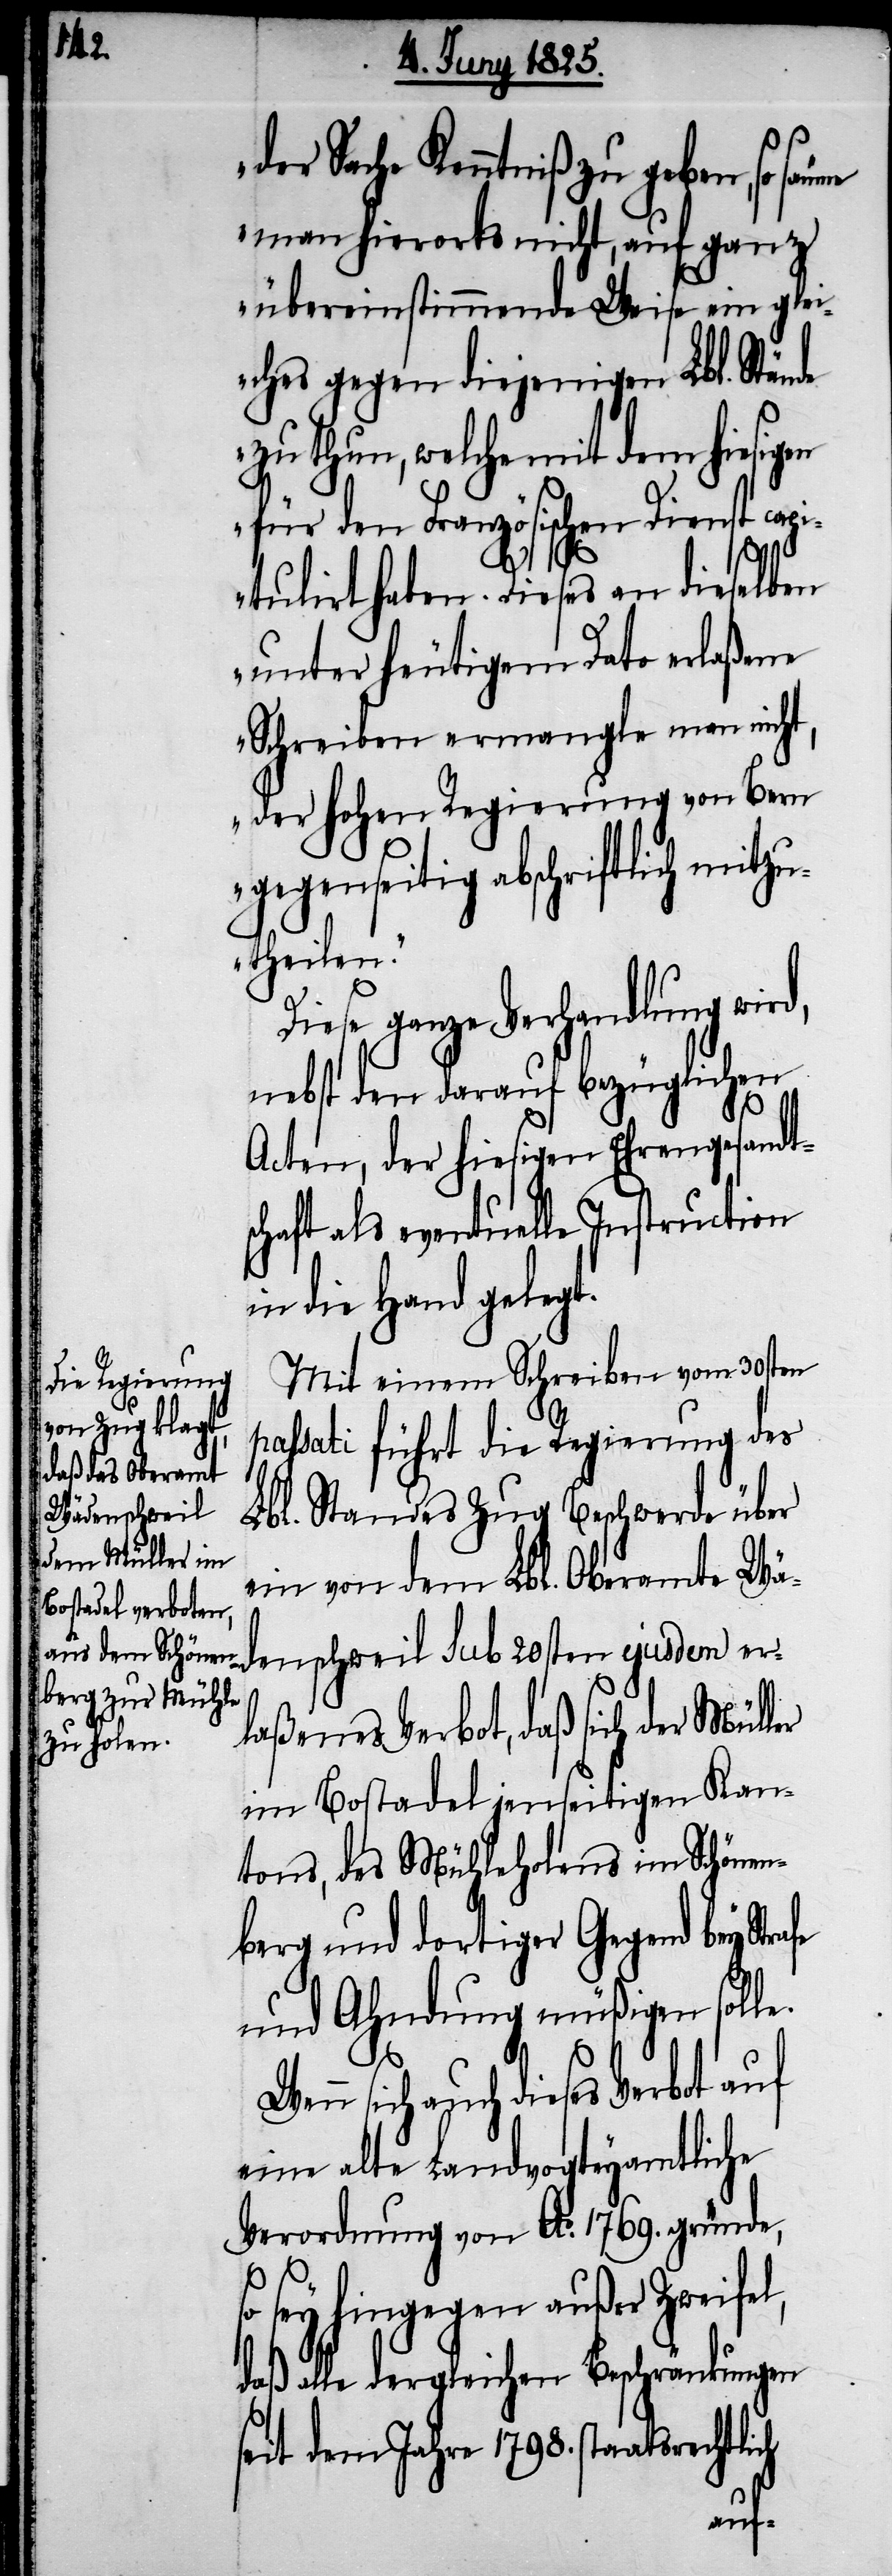
der Sache Kenntniß zu geben,
man hierorts nicht, auf ganz
übereinstimmende Weise ein glei¬
ches gegen diejenigen Lbl. Stände
zu thun, welche mit dem hiesigen
für den Französischen Dienst cap¬
itulirt haben. Dieses an dieselben
unter heutigem Dato erlaßene
Schreiben ermangle man nicht,
der hohen Regierung von Bern
gegenseitig abschriftlich mitzu¬
theilen.“
Diese ganze Verhandlung wird,
nebst den darauf bezüglichen
Acten, der hiesigen Ehrengesandts¬
chaft als eventuelle Instruction
in die Hand gelegt.